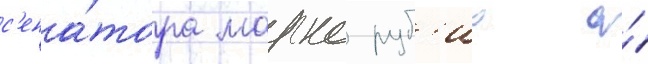
с'ена́тора марко руб'ио о́